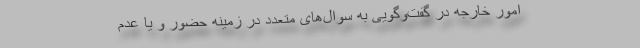
امور خارجه در گفت‌و‌گویی به سوال‌های متعدد در زمینه حضور و یا عدم